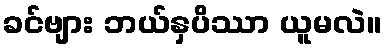
ခင်ဗျား ဘယ်နှပိဿာ ယူမလဲ။